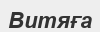
Витяға